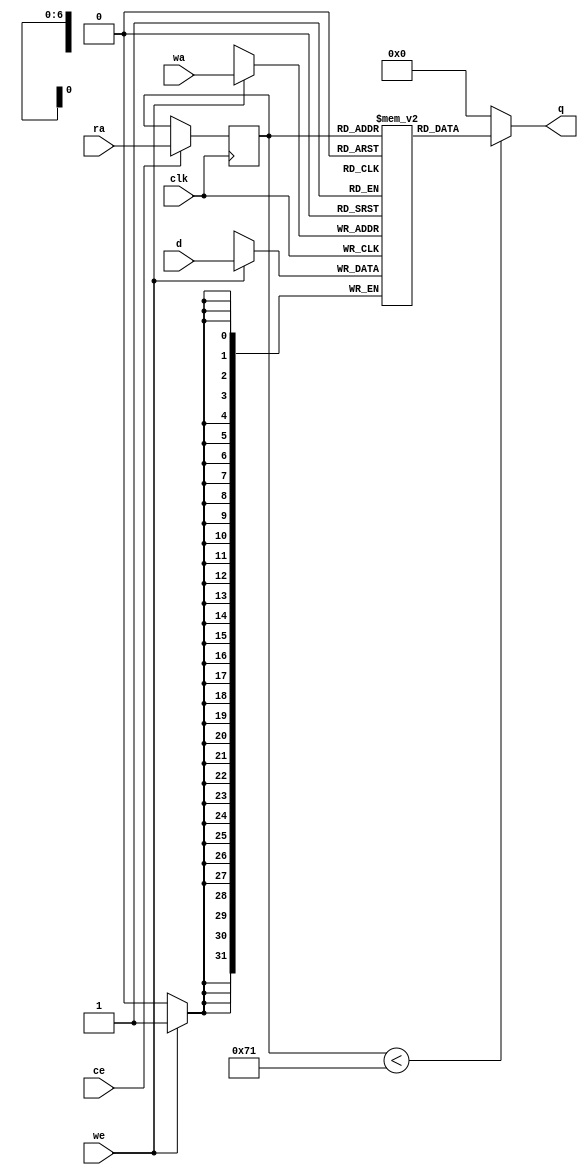
// ==============================================================
// File generated by AutoESL - High-Level Synthesis System (C, C++, SystemC)
// Version: 2011.1
// Copyright (C) 2011 Xilinx Inc. All rights reserved.
// 
// ==============================================================



`timescale 1 ns / 1 ps




module SURFdescriptor_X_core (q, ra, ce, clk
, d, wa, we);
   parameter READ_PORT_COUNT=32'd1;
   parameter WRITE_PORT_COUNT=32'd1;
   parameter DATA_WIDTH=32'd32;
   parameter ADDRESS_WIDTH=32'd7;
   parameter WORD_COUNT=32'd113;

   output [READ_PORT_COUNT*DATA_WIDTH-1:0] q;
   input [READ_PORT_COUNT*ADDRESS_WIDTH-1:0]  ra;
   input [READ_PORT_COUNT-1:0]  ce;
   input [WRITE_PORT_COUNT*DATA_WIDTH-1:0] d;
   input [WRITE_PORT_COUNT*ADDRESS_WIDTH-1:0] wa;
   input [WRITE_PORT_COUNT-1:0]               we;
   input                                      clk;

   integer                                    i,j,k;

   reg [DATA_WIDTH-1:0]                       mem [0:WORD_COUNT-1];
   reg [ADDRESS_WIDTH-1:0]                    rat;
   reg [ADDRESS_WIDTH-1:0]                    rai [READ_PORT_COUNT-1:0];
   reg [ADDRESS_WIDTH-1:0]                    rai_reg [READ_PORT_COUNT-1:0];
   reg [READ_PORT_COUNT*DATA_WIDTH-1:0]       qi;
   reg [DATA_WIDTH-1:0]                       qt;
   reg [DATA_WIDTH-1:0]                       di [WRITE_PORT_COUNT-1:0];
   reg [DATA_WIDTH-1:0]                       dt;
   reg [ADDRESS_WIDTH-1:0]                    wat;
   reg [ADDRESS_WIDTH-1:0]                    wai [WRITE_PORT_COUNT-1:0];


   initial begin
        mem[0] = 32'b00000000000000000000000000000000;
        mem[1] = 32'b00000000000000000000000000000000;
        mem[2] = 32'b00000000000000000000000000000000;
        mem[3] = 32'b00000000000000000000000000000000;
        mem[4] = 32'b00000000000000000000000000000000;
        mem[5] = 32'b00000000000000000000000000000000;
        mem[6] = 32'b00000000000000000000000000000000;
        mem[7] = 32'b00000000000000000000000000000000;
        mem[8] = 32'b00000000000000000000000000000000;
        mem[9] = 32'b00000000000000000000000000000000;
        mem[10] = 32'b00000000000000000000000000000000;
        mem[11] = 32'b00000000000000000000000000000000;
        mem[12] = 32'b00000000000000000000000000000000;
        mem[13] = 32'b00000000000000000000000000000000;
        mem[14] = 32'b00000000000000000000000000000000;
        mem[15] = 32'b00000000000000000000000000000000;
        mem[16] = 32'b00000000000000000000000000000000;
        mem[17] = 32'b00000000000000000000000000000000;
        mem[18] = 32'b00000000000000000000000000000000;
        mem[19] = 32'b00000000000000000000000000000000;
        mem[20] = 32'b00000000000000000000000000000000;
        mem[21] = 32'b00000000000000000000000000000000;
        mem[22] = 32'b00000000000000000000000000000000;
        mem[23] = 32'b00000000000000000000000000000000;
        mem[24] = 32'b00000000000000000000000000000000;
        mem[25] = 32'b00000000000000000000000000000000;
        mem[26] = 32'b00000000000000000000000000000000;
        mem[27] = 32'b00000000000000000000000000000000;
        mem[28] = 32'b00000000000000000000000000000000;
        mem[29] = 32'b00000000000000000000000000000000;
        mem[30] = 32'b00000000000000000000000000000000;
        mem[31] = 32'b00000000000000000000000000000000;
        mem[32] = 32'b00000000000000000000000000000000;
        mem[33] = 32'b00000000000000000000000000000000;
        mem[34] = 32'b00000000000000000000000000000000;
        mem[35] = 32'b00000000000000000000000000000000;
        mem[36] = 32'b00000000000000000000000000000000;
        mem[37] = 32'b00000000000000000000000000000000;
        mem[38] = 32'b00000000000000000000000000000000;
        mem[39] = 32'b00000000000000000000000000000000;
        mem[40] = 32'b00000000000000000000000000000000;
        mem[41] = 32'b00000000000000000000000000000000;
        mem[42] = 32'b00000000000000000000000000000000;
        mem[43] = 32'b00000000000000000000000000000000;
        mem[44] = 32'b00000000000000000000000000000000;
        mem[45] = 32'b00000000000000000000000000000000;
        mem[46] = 32'b00000000000000000000000000000000;
        mem[47] = 32'b00000000000000000000000000000000;
        mem[48] = 32'b00000000000000000000000000000000;
        mem[49] = 32'b00000000000000000000000000000000;
        mem[50] = 32'b00000000000000000000000000000000;
        mem[51] = 32'b00000000000000000000000000000000;
        mem[52] = 32'b00000000000000000000000000000000;
        mem[53] = 32'b00000000000000000000000000000000;
        mem[54] = 32'b00000000000000000000000000000000;
        mem[55] = 32'b00000000000000000000000000000000;
        mem[56] = 32'b00000000000000000000000000000000;
        mem[57] = 32'b00000000000000000000000000000000;
        mem[58] = 32'b00000000000000000000000000000000;
        mem[59] = 32'b00000000000000000000000000000000;
        mem[60] = 32'b00000000000000000000000000000000;
        mem[61] = 32'b00000000000000000000000000000000;
        mem[62] = 32'b00000000000000000000000000000000;
        mem[63] = 32'b00000000000000000000000000000000;
        mem[64] = 32'b00000000000000000000000000000000;
        mem[65] = 32'b00000000000000000000000000000000;
        mem[66] = 32'b00000000000000000000000000000000;
        mem[67] = 32'b00000000000000000000000000000000;
        mem[68] = 32'b00000000000000000000000000000000;
        mem[69] = 32'b00000000000000000000000000000000;
        mem[70] = 32'b00000000000000000000000000000000;
        mem[71] = 32'b00000000000000000000000000000000;
        mem[72] = 32'b00000000000000000000000000000000;
        mem[73] = 32'b00000000000000000000000000000000;
        mem[74] = 32'b00000000000000000000000000000000;
        mem[75] = 32'b00000000000000000000000000000000;
        mem[76] = 32'b00000000000000000000000000000000;
        mem[77] = 32'b00000000000000000000000000000000;
        mem[78] = 32'b00000000000000000000000000000000;
        mem[79] = 32'b00000000000000000000000000000000;
        mem[80] = 32'b00000000000000000000000000000000;
        mem[81] = 32'b00000000000000000000000000000000;
        mem[82] = 32'b00000000000000000000000000000000;
        mem[83] = 32'b00000000000000000000000000000000;
        mem[84] = 32'b00000000000000000000000000000000;
        mem[85] = 32'b00000000000000000000000000000000;
        mem[86] = 32'b00000000000000000000000000000000;
        mem[87] = 32'b00000000000000000000000000000000;
        mem[88] = 32'b00000000000000000000000000000000;
        mem[89] = 32'b00000000000000000000000000000000;
        mem[90] = 32'b00000000000000000000000000000000;
        mem[91] = 32'b00000000000000000000000000000000;
        mem[92] = 32'b00000000000000000000000000000000;
        mem[93] = 32'b00000000000000000000000000000000;
        mem[94] = 32'b00000000000000000000000000000000;
        mem[95] = 32'b00000000000000000000000000000000;
        mem[96] = 32'b00000000000000000000000000000000;
        mem[97] = 32'b00000000000000000000000000000000;
        mem[98] = 32'b00000000000000000000000000000000;
        mem[99] = 32'b00000000000000000000000000000000;
        mem[100] = 32'b00000000000000000000000000000000;
        mem[101] = 32'b00000000000000000000000000000000;
        mem[102] = 32'b00000000000000000000000000000000;
        mem[103] = 32'b00000000000000000000000000000000;
        mem[104] = 32'b00000000000000000000000000000000;
        mem[105] = 32'b00000000000000000000000000000000;
        mem[106] = 32'b00000000000000000000000000000000;
        mem[107] = 32'b00000000000000000000000000000000;
        mem[108] = 32'b00000000000000000000000000000000;
        mem[109] = 32'b00000000000000000000000000000000;
        mem[110] = 32'b00000000000000000000000000000000;
        mem[111] = 32'b00000000000000000000000000000000;
        mem[112] = 32'b00000000000000000000000000000000;
   end


   // Split input data
   always @ (d) begin
      for (i=0;i<WRITE_PORT_COUNT;i=i+1) begin
         for (j=0;j<DATA_WIDTH;j=j+1) begin
            dt[j]=d[i*DATA_WIDTH+j];
         end
         di[i]=dt;
      end
   end

   // Split write addresses
   always @ (wa) begin
      for (i=0;i<WRITE_PORT_COUNT;i=i+1) begin
         for (j=0;j<ADDRESS_WIDTH;j=j+1) begin
            wat[j]=wa[i*ADDRESS_WIDTH+j];
         end
         wai[i]=wat;
      end
   end

   // Write memory
   always @ (posedge clk) begin
     for (j=0;j<WRITE_PORT_COUNT;j=j+1) begin
        if (we[j]) begin
           mem[wai[j]] <= di[j];
        end
     end
   end

   // Split read addresses
   always @ (ra) begin
      for (i=0;i<READ_PORT_COUNT;i=i+1) begin
         for (j=0;j<ADDRESS_WIDTH;j=j+1) begin
            rat[j]=ra[i*ADDRESS_WIDTH+j];
         end
         rai[i]=rat;
      end
   end

   // guide read addresses using CE
   always @ (posedge clk) begin
      for (i=0;i<READ_PORT_COUNT;i=i+1) begin
         if ( ce[i] ) begin
            rai_reg[i] <= rai[i];
         end
      end
   end


   // Memory read
    genvar x;
    generate
        for (x = 0; x < READ_PORT_COUNT; x = x + 1) begin : gen_q
            assign q[x*DATA_WIDTH+DATA_WIDTH-1:x*DATA_WIDTH] = (rai_reg[x]<WORD_COUNT)?
                mem[rai_reg[x]] : {DATA_WIDTH{1'b0}};
        end
    endgenerate

endmodule


module SURFdescriptor_X (
    address0,
    ce0,
    q0,
    we0,
    d0,


    clk);


parameter DataWidth = 32'd32;
parameter AddressRange = 32'd113;
parameter AddressWidth = 32'd7;

input[AddressWidth-1:0] address0;
input ce0;
output[DataWidth-1:0] q0;
input we0;
input[DataWidth-1:0] d0;
input clk;


reg[DataWidth-1:0] q0;
wire[1 * DataWidth - 1:0] mem_q;
wire[DataWidth - 1:0] mem_q0;
wire[1 - 1:0] mem_we;
wire[1 * DataWidth - 1:0] mem_d;
wire[1 * AddressWidth - 1:0] mem_wa;
wire[1 * AddressWidth - 1:0]  mem_ra;
wire[1 - 1:0]  mem_ce;


SURFdescriptor_X_core #(
    .READ_PORT_COUNT( 1 ),
    .WRITE_PORT_COUNT( 1 ),
    .DATA_WIDTH( DataWidth ),
    .ADDRESS_WIDTH( AddressWidth ),
    .WORD_COUNT( AddressRange ))
core_inst (
    .q( mem_q ),
    .ra( mem_ra ),
    .ce( mem_ce ),
    .d( mem_d ),
    .wa( mem_wa ),
    .we( mem_we ),
    .clk( clk ));


assign mem_q0 =  mem_q[1 * DataWidth - 1 : 0 * DataWidth];

always @ (mem_q0) begin
        q0 = mem_q0;
end

assign mem_ra = {address0};
assign mem_ce = {ce0};

assign mem_we[0] = we0;

assign mem_d = {d0};

assign mem_wa = {address0};

endmodule